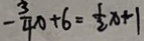
- \frac { 3 } { 4 } x + 6 = \frac { 1 } { 2 } x + 1